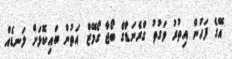
އޭގެ ފަހުން އިތުރު ވަގުތު ގްރެނަޑާގެ ބޯޖާ ގޯމޭޒް އަތުން ބައިކޮޅަށް ލަނޑެއް